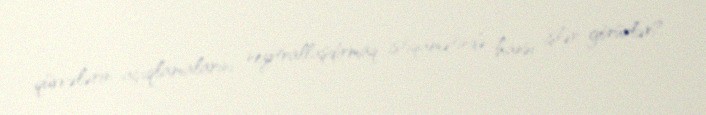
qüvvələrin açıqlamalarını neytrallaşdırmaq istiqamətində hansı işlər görürlər?.